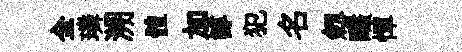
全璘溯體加諄犯名劔釅憚